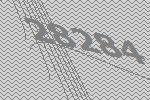
28284